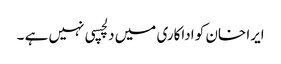
ایرا خان کو اداکاری میں دلچسپی نہیں ہے ۔